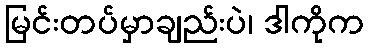
မြင်းတပ်မှာချည်းပဲ၊ ဒါကိုက